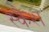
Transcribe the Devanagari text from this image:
स्कैश